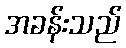
အခန်းသည်